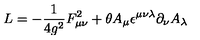
{ \sl L } = - \frac { 1 } { 4 g ^ { 2 } } F _ { \mu \nu } ^ { 2 } + \theta A _ { \mu } \epsilon ^ { \mu \nu \lambda } \partial _ { \nu } A _ { \lambda }